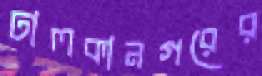
ঢালকানগরের